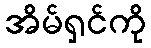
အိမ်ရှင်ကို